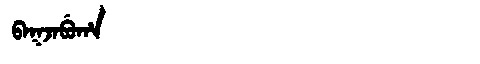
Manchu: ᠪᠠᡴᠵᠠᠪᡠᡥᠠ
Romanization: BAKJABUHA